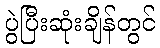
ပွဲပြီးဆုံးချိန်တွင်